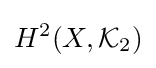
H^{2}(X,{\mathcal {K}}_{2})